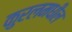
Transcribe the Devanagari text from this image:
कुरलमधील